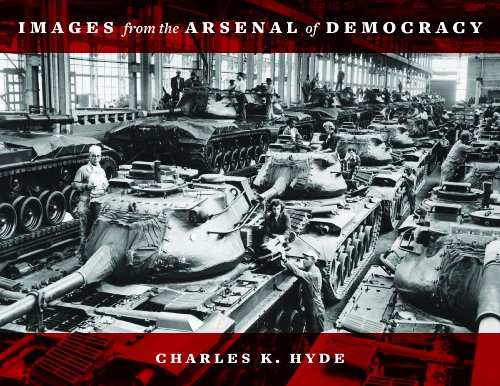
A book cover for Images from the Arsenal of Democracy (Painted Turtle); Charles K. Hyde; Business & Money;